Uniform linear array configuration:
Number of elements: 24
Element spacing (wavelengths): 0.5
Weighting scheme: uniform
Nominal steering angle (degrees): -45
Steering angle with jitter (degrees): -44.375
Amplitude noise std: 0.05
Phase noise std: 0.05

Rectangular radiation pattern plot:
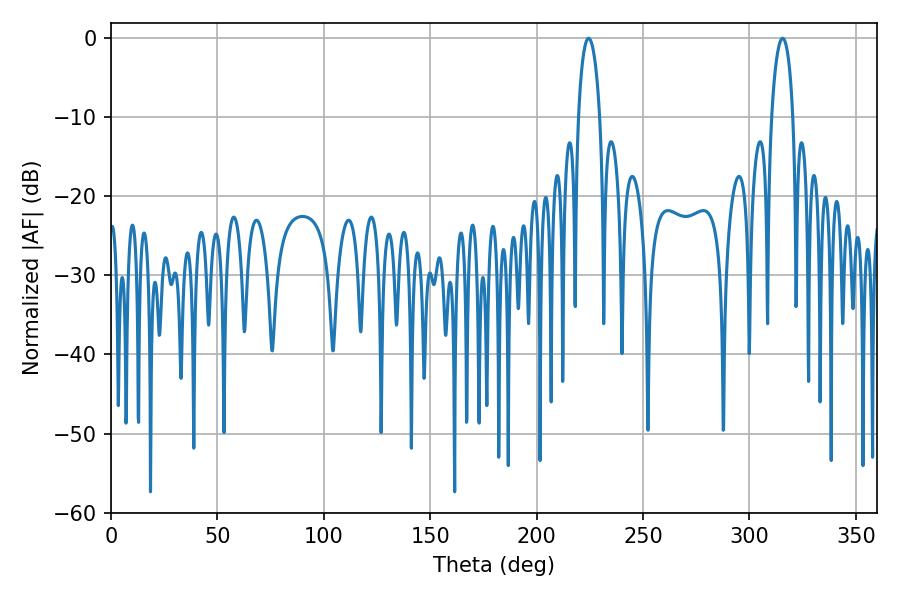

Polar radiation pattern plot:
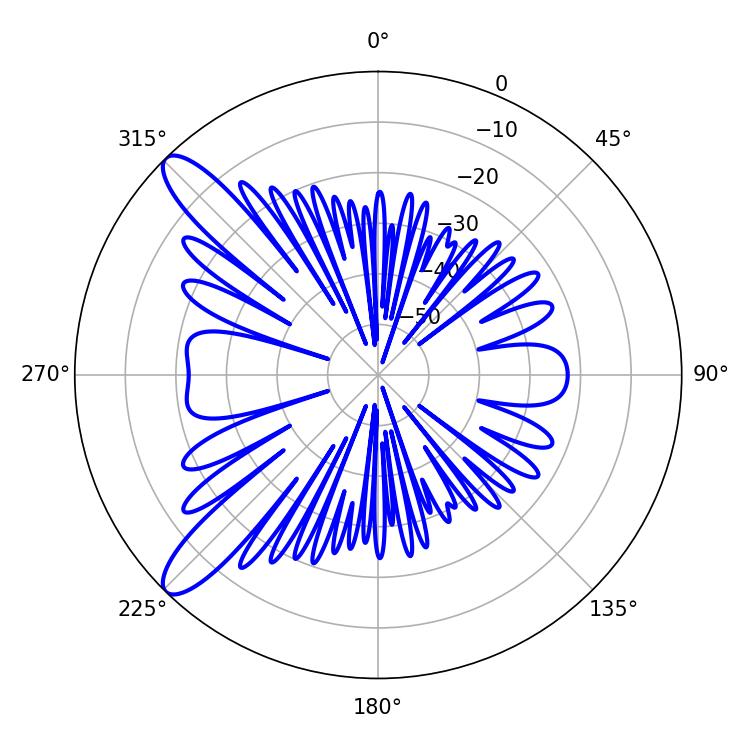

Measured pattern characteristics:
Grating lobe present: FALSE
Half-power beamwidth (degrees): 5.76
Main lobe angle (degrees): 224.46